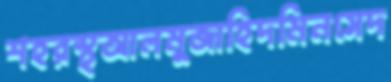
শহরস্থআলমুজাহিদমিনসেদ